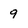
Character: 9